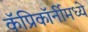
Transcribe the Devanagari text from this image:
कॅप्रिकॉर्नीमध्ये